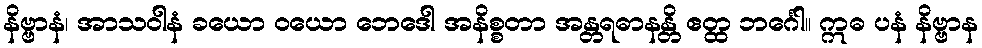
နိဗ္ဗာနံ၊ အာသဝါနံ ခယော ဝယော ဘေဒေါ အနိစ္စတာ အန္တရဓာနန္တိ ဧတ္ထ ဘင်္ဂေါ။ ဣဓ ပနံ နိဗ္ဗာန